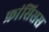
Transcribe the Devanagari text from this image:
फ्रांसिसस